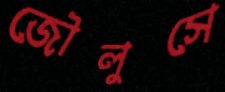
জৌলুসে